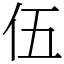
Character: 伍